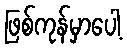
ဖြစ်ကုန်မှာပေါ့